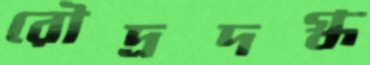
রৌদ্রদগ্ধ